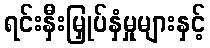
ရင်းနှီးမြှုပ်နှံမှုများနှင့်